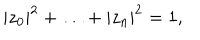
| z _ { 0 } | ^ { 2 } + \ldots + | z _ { n } | ^ { 2 } = 1 ,